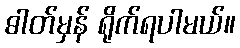
ဓါတ်မှန် ရိုက်ရပါမယ်။